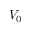
V _ { 0 }